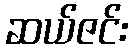
ဆယ်ဇင်း